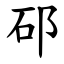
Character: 䂙